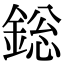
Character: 𨨟